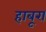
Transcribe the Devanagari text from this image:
हाबूरा